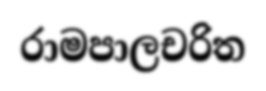
රාමපාලචරිත